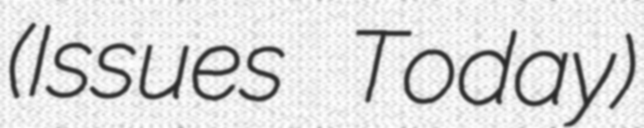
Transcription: (Issues Today)